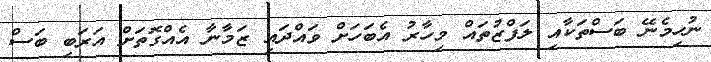
ނުހިމެނޭ ބަސްތަކާއި ލަފްޒުތައް މިހާރު އެބަހަށް ވައްދައި ޒަމާނާ އެއްގޮތަށް އަރަބި ބަސް